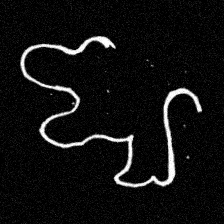
Pyu character \u2014 Myanmar letter: ဈ (romanized: jha)